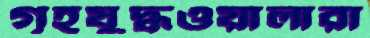
গৃহযুদ্ধওয়ালারা